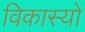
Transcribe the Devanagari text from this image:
विकास्यों